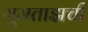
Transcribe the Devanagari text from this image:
मुमताझची